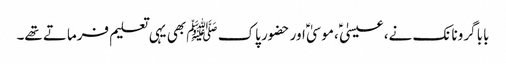
بابا گرونانک نے، عیسیٰ ؑ ،موسیٰ ؑ اور حضور پاک ﷺ بھی یہی تعلیم فرماتے تھے۔